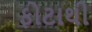
ફોટાથી